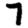
Digit: 7